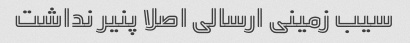
سیب زمینی ارسالی اصلا پنیر نداشت